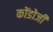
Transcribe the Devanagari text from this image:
कोंडोजी